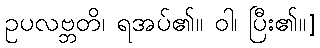
ဥပလဗ္ဘတိ၊ ရအပ်၏။ ဝါ၊ ပြီး၏။]